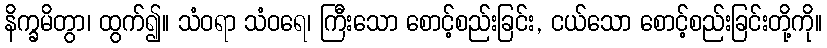
နိက္ခမိတွာ၊ ထွက်၍။ သံဝရာ သံဝရေ၊ ကြီးသော စောင့်စည်းခြင်း, ငယ်သော စောင့်စည်းခြင်းတို့ကို။